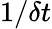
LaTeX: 1/\delta t